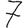
Digit: 7